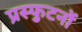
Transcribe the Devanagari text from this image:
प्रस्फुटनों